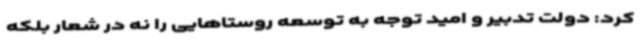
کرد: دولت تدبیر و امید توجه به توسعه روستاهایی را نه در شعار بلکه